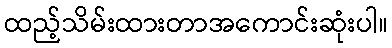
ထည့်သိမ်းထားတာအကောင်းဆုံးပါ။